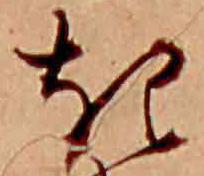
き